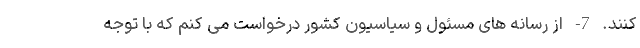
کنند. 7- از رسانه های مسئول و سیاسیون کشور درخواست می کنم که با توجه